Vaccination in Bombay 1924-1928 - 1924-1928
Year: 1924
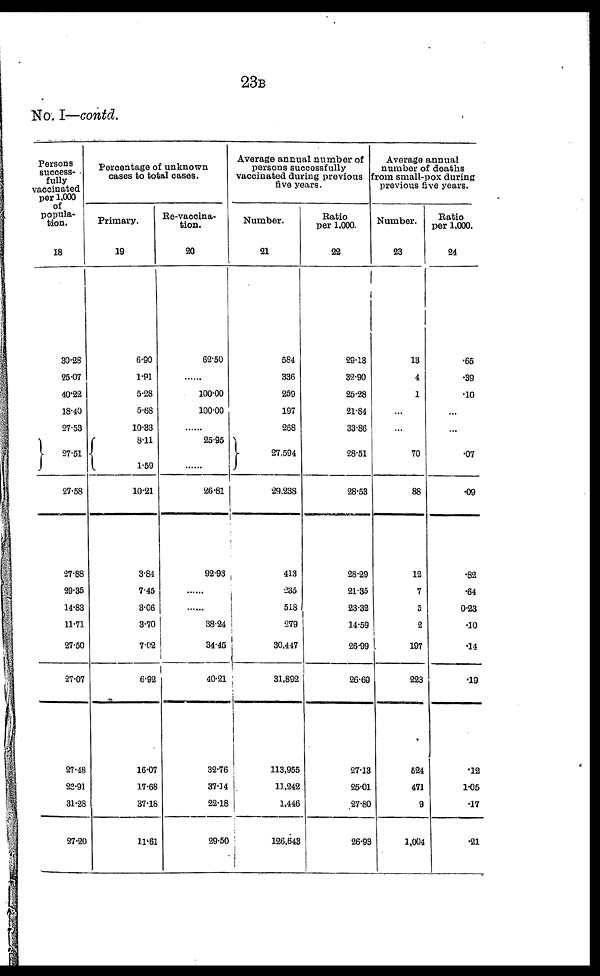
23B
No. I—contd.
Persons
success-
fully
vaccinated
per 1,000
of
popula-
tion.
18
30.28
25.07
40.22
18.40
27.53
27.51
27.58
27.88
29.35
14.83
11.71
27.50
27.07
27.48
22.91
31.28
27.20
Percentage of unknown
cases to total cases.
Primary.
19
6.90
1.91
5.28
5.68
10.33
8.11
1.59
10.21
3.84
7.45
3.06
3.70
7.02
6.92
16.07
17.68
37.18
11.61
Re-vaccina-
tion.
20
62.50
......
100.00
100.00
......
25.95
......
26.81
92.93
......
......
38.24
34.45
40.21
32.76
37.14
22.18
29.50
Average annual number of
persons successfully
vaccinated during previous
five years.
Number.
21
584
336
259
197
268
27,594
29,238
413
235
518
279
30,447
31,892
113,955
11,242
1,446
126,643
Ratio
per 1,000.
22
29.13
32.90
25.28
21.84
33.86
28.51
28.53
28.29
21.35
23.32
14.59
26.99
26.69
27.13
25.01
27.80
26.93
Average annual
number of deaths
from small-pox during
previous five years.
Number.
23
13
4
1
...
...
70
88
12
7
5
2
197
223
524
471
9
1,004
Ratio
per 1,000.
24
.65
.39
.10
...
...
.07
.09
.82
.64
0.23
.10
.14
.19
.12
1.05
.17
.21